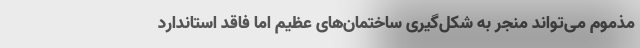
مذموم می‌تواند منجر به شکل‌گیری ساختمان‌های عظیم اما فاقد استاندارد